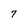
Character: 7